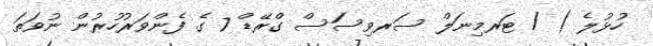
ހުޅުލެ ) / ޓަރމިނަލް ސަރވިސަސް ގްރޭޑް 7 ގެ ފެންވަރުހުރުން ނުވަތަ